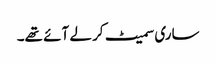
ساری سمیٹ کر لے آئے تھے۔